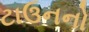
ટાઉનનો